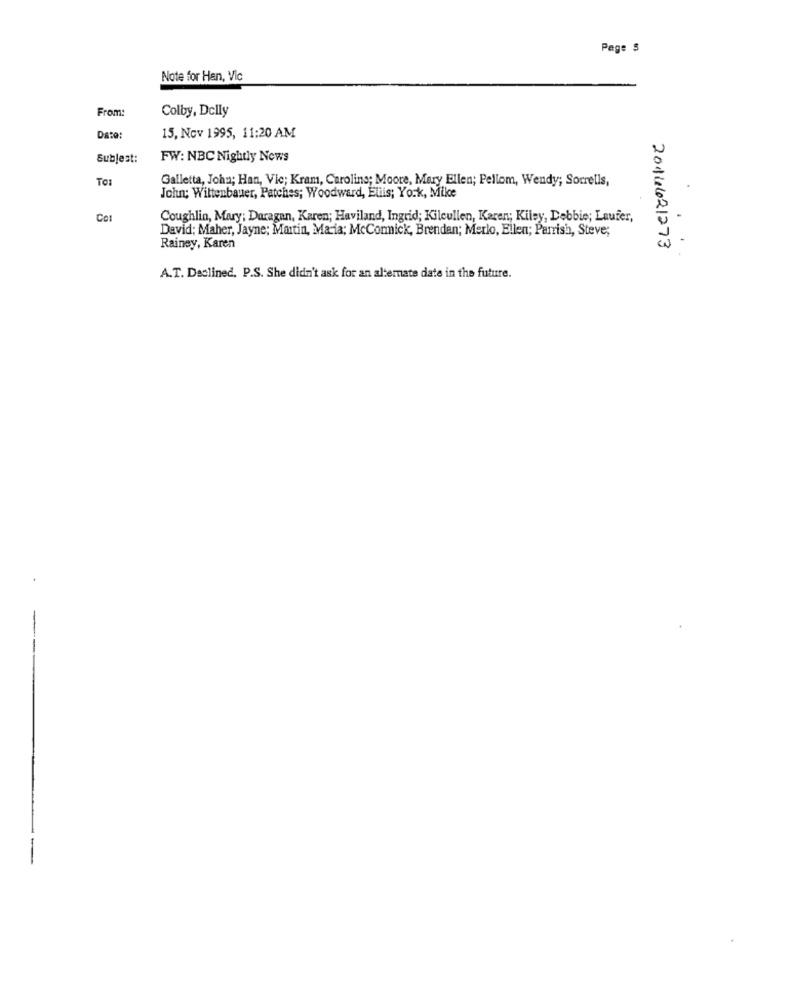
Page $
Note for Han, Vic
From:
Colby, Delly
Date:
15, Nov 1995, 11:20 AM
Sublest:
FW: NBC Nightly News
TO:
Galletta, John; Han, Vic; Kram, Carolins; Moore, Mary Ellen; Pellom, Wendy; Sorrells,
John; Wittenbauer, Patches; Woodward, Ellis; York, Mike
Cot
Coughlin, Mary; Daragan, Karen; Haviland, Ingrid; Kilcullen, Karen; Kiley, Debbie; Laufer,
David: Maher, Jayne; Martin, Maria; McCormick, Brendan; Merlo, Ellen; Parrish, Steve;
.
Rainey, Karen
2014421273
A.T. Declined. P.S. She didn't ask for an alternate date in the future.